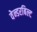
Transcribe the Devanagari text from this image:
वेन्डरबिल्ट